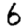
Digit: 6